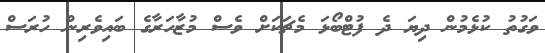
ވަގުތު ކުޅެމުން ދިޔަ ދެ ފުޓްބޯޅަ މެޗަކަށް ވެސް މުޒާހަރާގެ ބައިވެރިން ހުރަސް